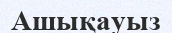
Ашықауыз